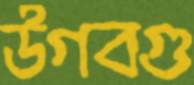
উগবগু